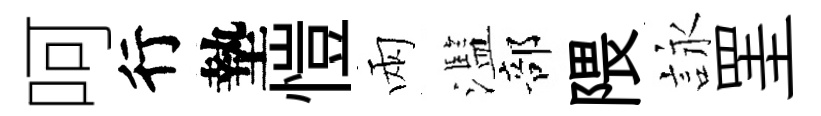
呵行墊愷兩濫部隈詠罣